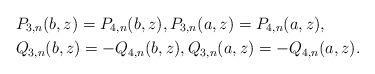
LaTeX: \begin{align*} & P_{3,n}(b,z)=P_{4,n}(b,z), P_{3,n}(a,z)=P_{4,n}(a,z),\\ & Q_{3,n}(b,z)=-Q_{4,n}(b,z),Q_{3,n}(a,z)=-Q_{4,n}(a,z). \end{align*}